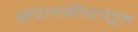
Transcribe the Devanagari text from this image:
संपादकीयातून